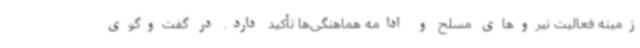
زمینه‌ فعالیت نیروهای مسلح و ادامه هماهنگی‌ها تأکید دارد. در گفت‌وگوی